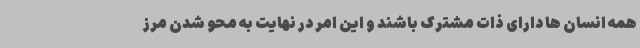
همه انسان ها دارای ذات مشترک باشند و این امر در نهایت به محو شدن مرز